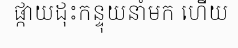
ផ្កាយដុះកន្ទុយនាំមក ហើយ